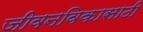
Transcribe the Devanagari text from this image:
जीवनविकासाठी